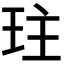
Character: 𤤛